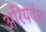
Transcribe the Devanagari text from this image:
अरियवंश